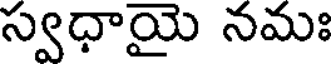
స్వధాయై నమః